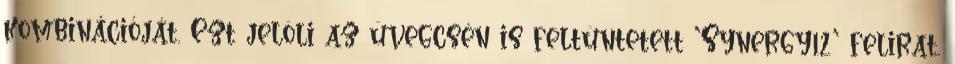
kombinációját. Ezt jelöli az üvegcsén is feltüntetett ’Synergy12’ felirat.